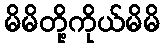
မိမိတို့ကိုယ်မိမိ